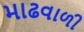
માઢવાળી